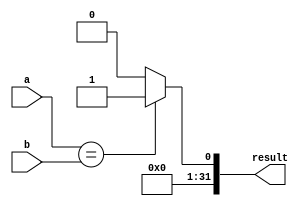

module Ceq (
    input [31:0] a,
    input [31:0] b,
    output reg [31:0] result
);

always @(a or b) begin
    if (a == b) result = 1;
    else result = 0;
end

endmodule

module Clt (
    input [31:0] a,
    input [31:0] b,
    output reg [31:0] result
);

always @(a or b) begin
    result = 0;
    if (a[31] > b[31])        // a < 0 and b > 0
        result = 1;         
    else if (a[31] < b[31])       // a > 0 and b < 0 
        result = 0;      
    else if (a[31] == 0) begin              // a > 0 and b > 0
        if (a[30:23] < b[30:23]) result = 1;
        else if (a[30:23] > b[30:23]) result = 0;
        else begin
            if (a[22:0] < b[22:0]) result = 1;
            else result = 0;
        end
    end else begin                          // a < 0 and b <0
        if (a[30:23] > b[30:23]) result = 1;
        else if (a[30:23] < b[30:23]) result = 0;
        else begin
            if (a[22:0] > b[22:0]) result = 1;
            else result = 0;
        end
    end                       
end

endmodule

module Cvt (
    input [31:0] a,
    output reg [31:0] result
);

reg [7:0] exp;

reg [24:0] num;
reg [31:0] carry;

/* verilator lint_off WIDTH */

always @(a) begin
    exp = a[30:23] - 127;
    num = {2'b01, a[22:0]};
    carry[0] = num[22 - exp];
    result = num >> (23 - exp);
    result = result + carry;
    if (a[31]) result = -result;
end

endmodule

module F_AddSub (
    input [31:0] a,
    input [31:0] b,
    output reg [31:0] result
);

/* verilator lint_off LATCH */
/* verilator lint_off SELRANGE */

reg sign_a, sign_b;
reg [7:0] exp_a, exp_b;

reg [24:0] num_a, num_b, num_c, carry;

reg [31:0] carry_prime;
integer i;

always @(a or b) begin
    if (a[30:23] > b[30:23]) begin
        sign_a = a[31];
        sign_b = b[31];
        exp_a = a[30:23];
        exp_b = b[30:23];
        num_a = {2'b01, a[22:0]};
        num_b = {2'b01, b[22:0]};
    end else if (a[30:23] < b[30:23]) begin
        sign_a = b[31];
        sign_b = a[31];
        exp_a = b[30:23];
        exp_b = a[30:23];
        num_a = {2'b01, b[22:0]};
        num_b = {2'b01, a[22:0]};
    end else if (a[22:0] > b[22:0]) begin
        sign_a = a[31];
        sign_b = b[31];
        exp_a = a[30:23];
        exp_b = b[30:23];
        num_a = {2'b01, a[22:0]};
        num_b = {2'b01, b[22:0]};
    end else begin
        sign_a = b[31];
        sign_b = a[31];
        exp_a = b[30:23];
        exp_b = a[30:23];
        num_a = {2'b01, b[22:0]};
        num_b = {2'b01, a[22:0]};
    end

    if (sign_a ^ sign_b == 0) begin // same sign
        carry[0] = num_b[exp_a - exp_b - 1];
        num_b = num_b >> exp_a - exp_b;
        num_c = num_a + num_b + carry;
        result[31] = sign_a;
        if (num_c[24] == 0) begin
            result[30:23] = exp_a;
            result[22:0] = num_c[22:0]; 
        end
        else begin
            result[30:23] = exp_a + 1;
            result[22:0] = num_c[23:1];
            carry_prime[0] = num_c[0]; 
            result = result + carry_prime;
        end
    end else begin // opposite sign
        carry[0] = num_b[exp_a - exp_b - 1];
        num_b = num_b >> exp_a - exp_b;
        num_c = num_a - num_b - carry;
        result[31] = sign_a;
        i = 23;
        while(i >= 0 && num_c[23] == 0) begin
            num_c = num_c << 1;
            exp_a = exp_a - 1;
            i = i - 1;
        end
        result[30:23] = exp_a;
        result[22:0] = num_c[22:0];     
    end
end

endmodule

module F_Div (
    input [31:0] a,
    input [31:0] b,
    output reg [31:0] result
);

/* verilator lint_off LATCH */
/* verilator lint_off SELRANGE */
/* verilator lint_off WIDTH */

reg sign_a, sign_b;
reg [7:0] exp_a, exp_b;

reg [23:0] num_b, num_c;
reg [46:0] num_a;

always @(a or b) begin
    sign_a = a[31];
    sign_b = b[31];
    exp_a = a[30:23];
    exp_b = b[30:23];
    num_a = {1'b1, a[22:0], 23'd0};
    num_b = {1'b1, b[22:0]};
    num_c = num_a / num_b;
    result[31] = a[31] ^ b[31];
    if (num_c[23] == 1) begin
        result[22:0] = num_c[22:0];
        result[30:23] = exp_a - exp_b + 127;
    end else begin
        num_c = num_c << 1;
        result[22:0] = num_c[22:0];
        result[30:23] = exp_a - exp_b + 127 - 1;

    end

end

endmodule

module F_Mult (
    input [31:0] a,
    input [31:0] b,
    output reg [31:0] result
);

/* verilator lint_off LATCH */
/* verilator lint_off SELRANGE */

reg sign_a, sign_b;
reg [7:0] exp_a, exp_b;

reg [23:0] num_a, num_b, carry;
reg [47:0] num_c;

reg [31:0] carry_prime;
integer i;

always @(a or b) begin
    sign_a = a[31];
    sign_b = b[31];
    exp_a = a[30:23];
    exp_b = b[30:23];
    num_a = {1'b1, a[22:0]};
    num_b = {1'b1, b[22:0]};
    num_c = num_a * num_b;
    result[31] = a[31] ^ b[31];
    if (num_c[47] == 0) begin
        result[22:0] = num_c[45:23];
        result[30:23] = exp_a + exp_b - 127;
    end else begin
        result[22:0] = num_c[46:24];
        result[30:23] = exp_a + exp_b + 1 - 127;
    end
end

endmodule